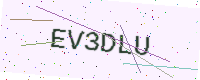
Text: EV3DLU